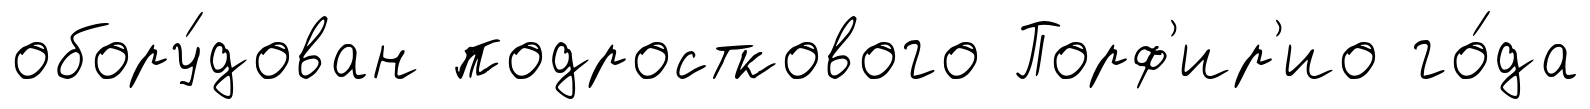
обору́дован подросткового Порф'ир'ио го́да